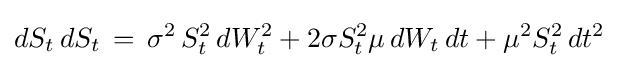
dS_{t}\,dS_{t}\,=\,\sigma ^{2}\,S_{t}^{2}\,dW_{t}^{2}+2\sigma S_{t}^{2}\mu \,dW_{t}\,dt+\mu ^{2}S_{t}^{2}\,dt^{2}